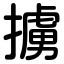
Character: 擄